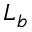
L _ { b }